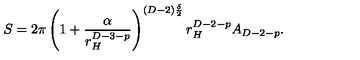
S = 2 \pi \left( 1 + \frac { \alpha } { r _ { H } ^ { D - 3 - p } } \right) ^ { ( D - 2 ) \frac { \delta } { 2 } } r _ { H } ^ { D - 2 - p } A _ { D - 2 - p } .